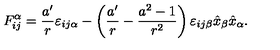
F _ { i j } ^ { \alpha } = \frac { a ^ { \prime } } { r } \varepsilon _ { i j \alpha } - \left( \frac { a ^ { \prime } } { r } - \frac { a ^ { 2 } - 1 } { r ^ { 2 } } \right) \varepsilon _ { i j \beta } \hat { x } _ { \beta } \hat { x } _ { \alpha } .